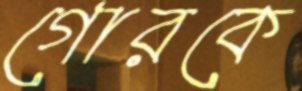
গোরকে